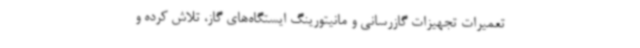
تعمیرات تجهیزات گازرسانی و مانیتورینگ ایستگاه‌های گاز، تلاش کرده و